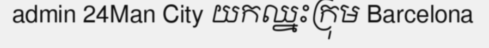
admin 24Man City យកឈ្នះក្រុម Barcelona